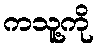
ကသူ့ကို